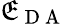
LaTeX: \mathfrak{E}_{\mathrm{{~D~A~}}}